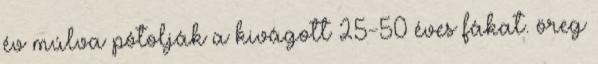
év múlva pótolják a kivágott 25-50 éves fákat. öreg